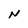
Character: N